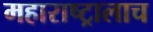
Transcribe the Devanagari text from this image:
महाराष्ट्रालाच